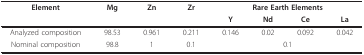
<table><thead><tr><td><b>Element</b></td><td><b>Mg</b></td><td><b>Zn</b></td><td><b>Zr</b></td><td colspan="4"><b>Rare Earth Elements</b></td></tr><tr><td></td><td></td><td></td><td></td><td><b>Y</b></td><td><b>Nd</b></td><td><b>Ce</b></td><td><b>La</b></td></tr></thead><tbody><tr><td>Analyzed composition</td><td>98.53</td><td>0.961</td><td>0.211</td><td>0.146</td><td>0.02</td><td>0.092</td><td>0.042</td></tr><tr><td>Nominal composition</td><td>98.8</td><td>1</td><td>0.1</td><td></td><td colspan="2">0.1</td><td></td></tr></tbody></table>